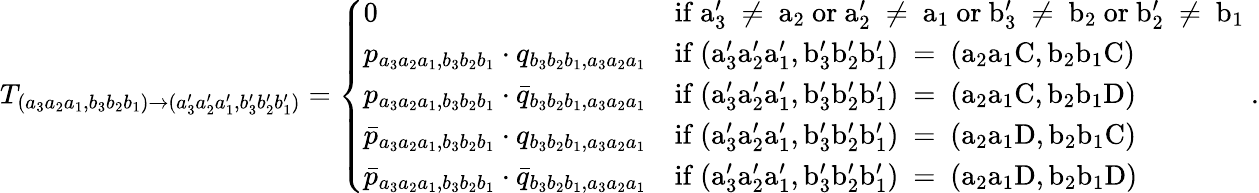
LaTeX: T_{(a_{3}a_{2}a_{1},b_{3}b_{2}b_{1})\to(a_{3}^{\prime}a_{2}^{\prime}a_{1}^{\prime},b_{3}^{\prime}b_{2}^{\prime}b_{1}^{\prime})}=\left\{ \begin{array}{ll}{0}&{\mathrm{if~a_3'~\neq~a_2~or~a_2'~\neq~a_1~or~b_3'~\neq~b_2~or~b_2'~\neq~b_1~}}\\ {p_{a_{3}a_{2}a_{1},b_{3}b_{2}b_{1}}\cdot q_{b_{3}b_{2}b_{1},a_{3}a_{2}a_{1}}}&{\mathrm{if~(a_3'a_2'a_1',b_3'b_2'b_1')~=~(a_2a_1C,b_2b_1C)~}}\\ {p_{a_{3}a_{2}a_{1},b_{3}b_{2}b_{1}}\cdot\bar{q}_{b_{3}b_{2}b_{1},a_{3}a_{2}a_{1}}}&{\mathrm{if~(a_3'a_2'a_1',b_3'b_2'b_1')~=~(a_2a_1C,b_2b_1D)~}}\\ {\bar{p}_{a_{3}a_{2}a_{1},b_{3}b_{2}b_{1}}\cdot q_{b_{3}b_{2}b_{1},a_{3}a_{2}a_{1}}}&{\mathrm{if~(a_3'a_2'a_1',b_3'b_2'b_1')~=~(a_2a_1D,b_2b_1C)~}}\\ {\bar{p}_{a_{3}a_{2}a_{1},b_{3}b_{2}b_{1}}\cdot\bar{q}_{b_{3}b_{2}b_{1},a_{3}a_{2}a_{1}}}&{\mathrm{if~(a_3'a_2'a_1',b_3'b_2'b_1')~=~(a_2a_1D,b_2b_1D)~}}\end{array}\right..